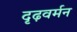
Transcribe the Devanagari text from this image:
दृढ़वर्मन